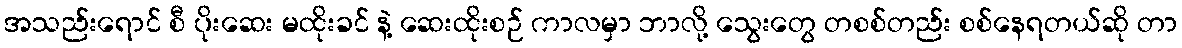
အသည်းရောင် စီ ပိုးဆေး မထိုးခင် နဲ့ ဆေးထိုးစဉ် ကာလမှာ ဘာလို့ သွေးတွေ တစစ်တည်း စစ်နေရတယ်ဆို တာ